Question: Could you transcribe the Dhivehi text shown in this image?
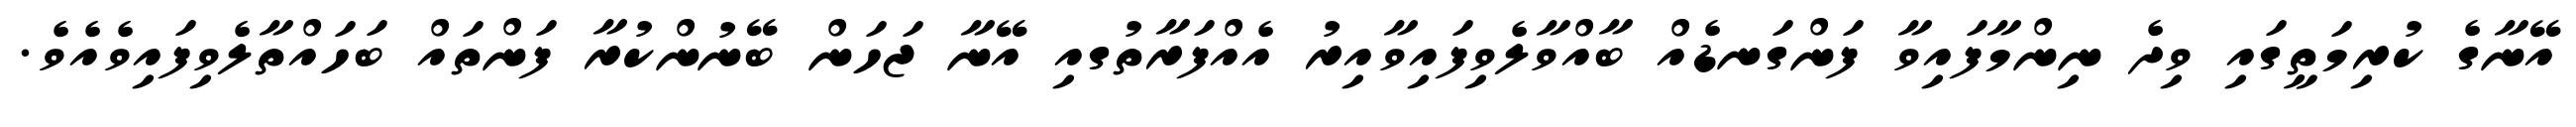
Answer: އޭނާގެ ކުރިމަތީގައި ވިދެ ނިންމާފައިވާ ފަންގަނޑެއް ބާއްވާލެވިފައިވާއިރު އެއްފަރާތުގއި އޭނާ ޖަހަން ބޭނުންކުރާ ފަންތައް ބަހައްތާލެވިފައިވެއެވެ.